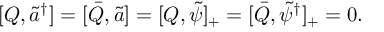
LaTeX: [ Q , \tilde { a } ^ { \dagger } ] = [ \bar { Q } , \tilde { a } ] = [ Q , \tilde { \psi } ] _ { + } = [ \bar { Q } , \tilde { \psi } ^ { \dagger } ] _ { + } = 0 .